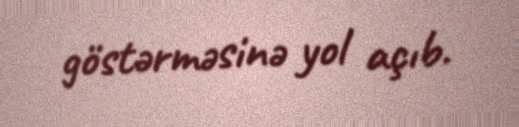
göstərməsinə yol açıb.